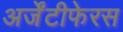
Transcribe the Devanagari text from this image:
अर्जेंटीफेरस